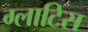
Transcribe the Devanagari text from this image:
ग्लाटिस